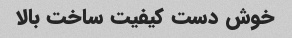
خوش دست کیفیت ساخت بالا